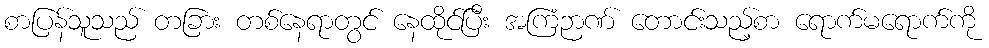
စာပြန်သူသည် တခြား တစ်နေရာတွင် နေထိုင်ပြီး အကြံဉာဏ် တောင်းသည့်စာ ရောက်မရောက်ကို